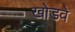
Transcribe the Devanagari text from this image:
खोडवे